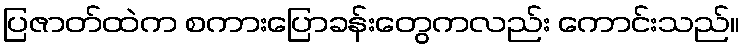
ပြဇာတ်ထဲက စကားပြောခန်းတွေကလည်း ကောင်းသည်။